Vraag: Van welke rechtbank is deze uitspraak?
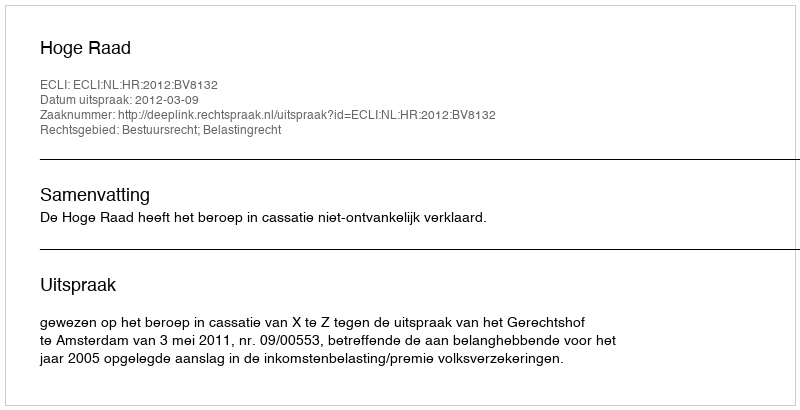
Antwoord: Hoge Raad